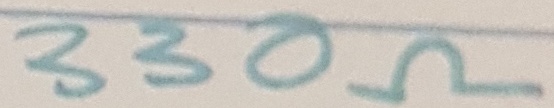
Text: 330Ω